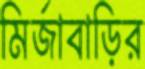
মির্জাবাড়ির